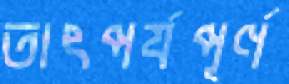
তাৎপর্যপূর্ণ